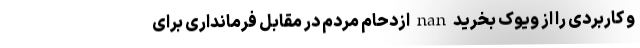
و کاربردی را از ویوک بخرید nan ازدحام مردم در مقابل فرمانداری برای